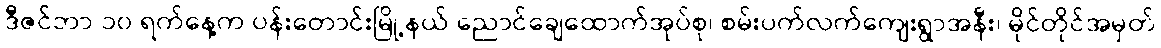
ဒီဇင်ဘာ ၁၀ ရက်နေ့က ပန်းတောင်းမြို့နယ် ညောင်ချေထောက်အုပ်စု၊ စမ်းပက်လက်ကျေးရွာအနီး၊ မိုင်တိုင်အမှတ်